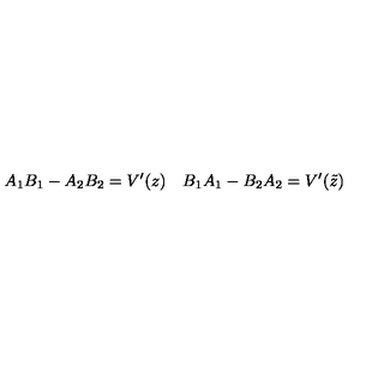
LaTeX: A _ { 1 } B _ { 1 } - A _ { 2 } B _ { 2 } = V ^ { \prime } ( z ) \quad B _ { 1 } A _ { 1 } - B _ { 2 } A _ { 2 } = V ^ { \prime } ( \tilde { z } )